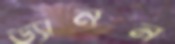
ড্যানন